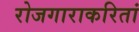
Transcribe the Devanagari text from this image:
रोजगाराकरितां